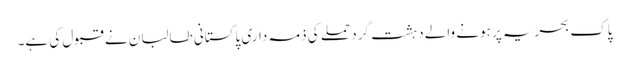
پاک بحریہ پر ہونے والے دہشت گرد حملے کی ذمہ داری پاکستانی طالبان نے قبول کی ہے۔